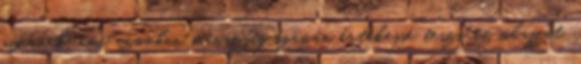
nyernek, ami azonban manapság igazán értékessé teszi az olajfát,